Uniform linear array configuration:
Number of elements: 48
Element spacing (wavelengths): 0.5
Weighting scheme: hann
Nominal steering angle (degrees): -15
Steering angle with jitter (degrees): -15.006
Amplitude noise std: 0.05
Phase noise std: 0.05

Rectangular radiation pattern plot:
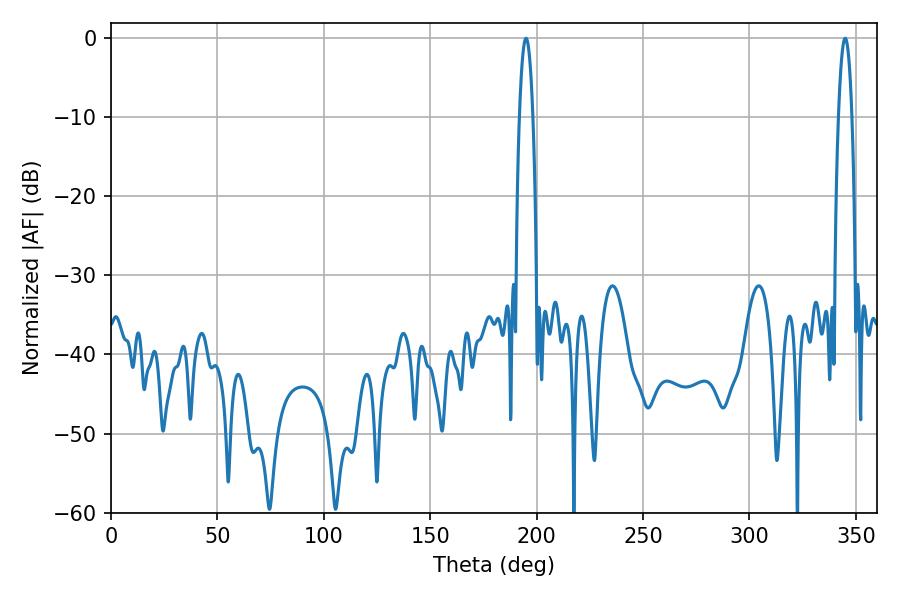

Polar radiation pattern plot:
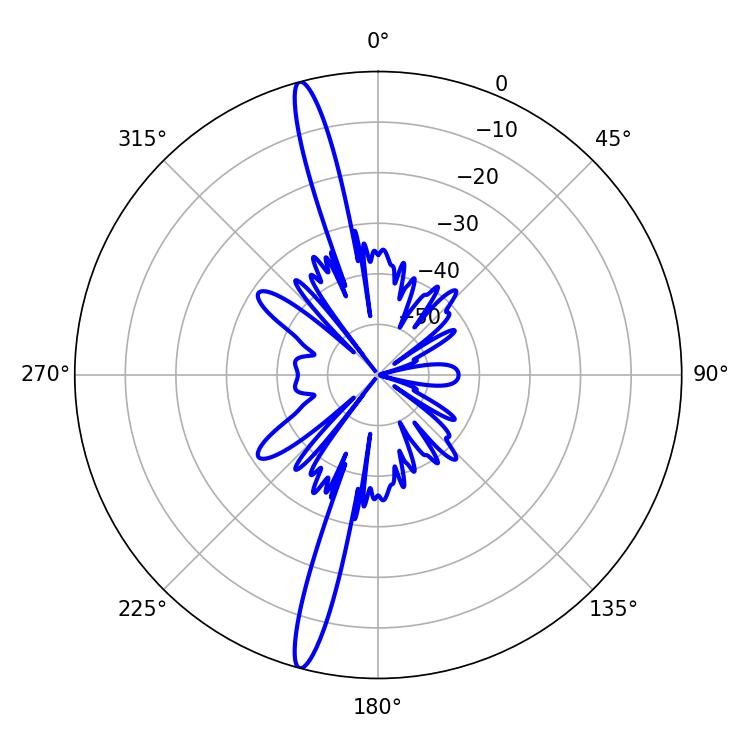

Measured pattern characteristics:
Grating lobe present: FALSE
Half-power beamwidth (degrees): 3.42
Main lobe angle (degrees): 194.94